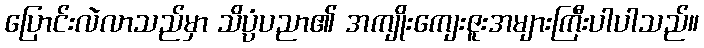
ပြောင်းလဲလာသည်မှာ သိပ္ပံပညာ၏ အကျိုးကျေးဇူးအများကြီးပါပါသည်။